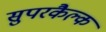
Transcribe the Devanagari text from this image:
सुपरकैल्क